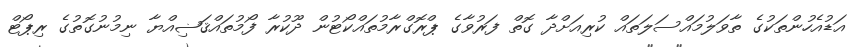
އަޑުއެހުންތަކުގެ ތާވަލުމައްސަލަތައް ކުރިއަށްދާ ގޮތް ފަރުވާގެ ޕްރޮގްރާމުތައްކޯޓުން ދޫކުރާ ފޯމުތައްޤަޟިއްޔާ ނިމުނުގޮތުގެ ރިޕޯޓް